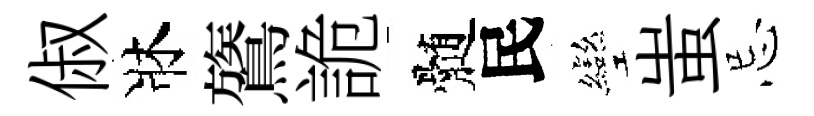
俶牀鷟詭髄民彎蚩忌